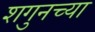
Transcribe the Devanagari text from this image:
शगुनच्या